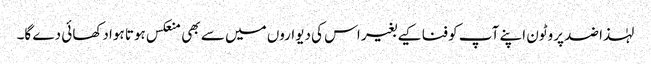
لہٰذا ضد پروٹون اپنے آپ کو فنا کیے بغیر اس کی دیواروں میں سے بھی منعکس ہوتا ہوا دکھائی دے گا۔